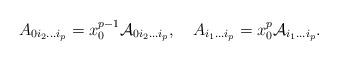
LaTeX: \begin{align*}A_{0i_2\ldots i_p} = x_0^{p-1}{\cal A}_{0i_2\ldots i_p},\quad A_{i_1\ldots i_p} = x_0^{p}{\cal A}_{i_1\ldots i_p}. \end{align*}